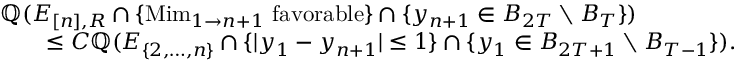
\begin{array} { r l } { \lefteqn { \mathbb Q ( E _ { [ n ] , R } \cap \{ \mathrm { M i m } _ { 1 \to n + 1 } \mathrm { ~ f a v o r a b l e } \} \cap \{ y _ { n + 1 } \in B _ { 2 T } \setminus B _ { T } \} ) } \quad } & { } \\ & { \leq C \mathbb Q ( E _ { \{ 2 , \ldots , n \} } \cap \{ | y _ { 1 } - y _ { n + 1 } | \leq 1 \} \cap \{ y _ { 1 } \in B _ { 2 T + 1 } \setminus B _ { T - 1 } \} ) . } \end{array}